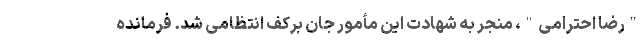
"رضا احترامی"، منجر به شهادت این مأمور جان برکف انتظامی شد. فرمانده